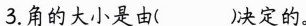
3.角的大小是由( )决定的。